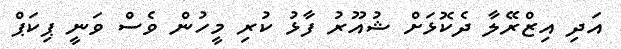
އަދި އިޒްރޭލާ ދެކޮޅަށް ޝުއޫރު ފާޅު ކުރި މީހުން ވެސް ވަނީ ޕިކަޕް